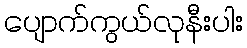
ပျောက်ကွယ်လုနီးပါး